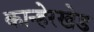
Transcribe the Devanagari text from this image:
कान्हेरखेड